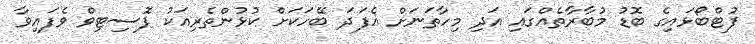
ފުޓްބޯޅައިގެ ބޮޑު މުބާރާތެއްގައި އަދި މިހާތަނަށް އެފަދަ ބޭހަކަށް ކުޅުންތެރިއަކު ޕޮސިޓިވް ވެފައިވާ